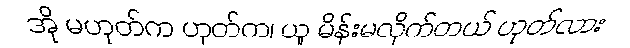
အို မဟုတ်က ဟုတ်က၊ ယူ မိန်းမလိုက်တယ် ဟုတ်လား